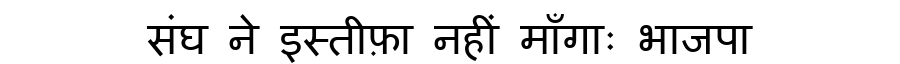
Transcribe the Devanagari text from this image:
संघ ने इस्तीफ़ा नहीं माँगाः भाजपा